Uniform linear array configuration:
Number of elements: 12
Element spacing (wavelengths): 0.25
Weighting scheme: kaiser
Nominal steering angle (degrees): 0
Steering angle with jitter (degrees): -1.181
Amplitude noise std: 0.05
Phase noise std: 0.05

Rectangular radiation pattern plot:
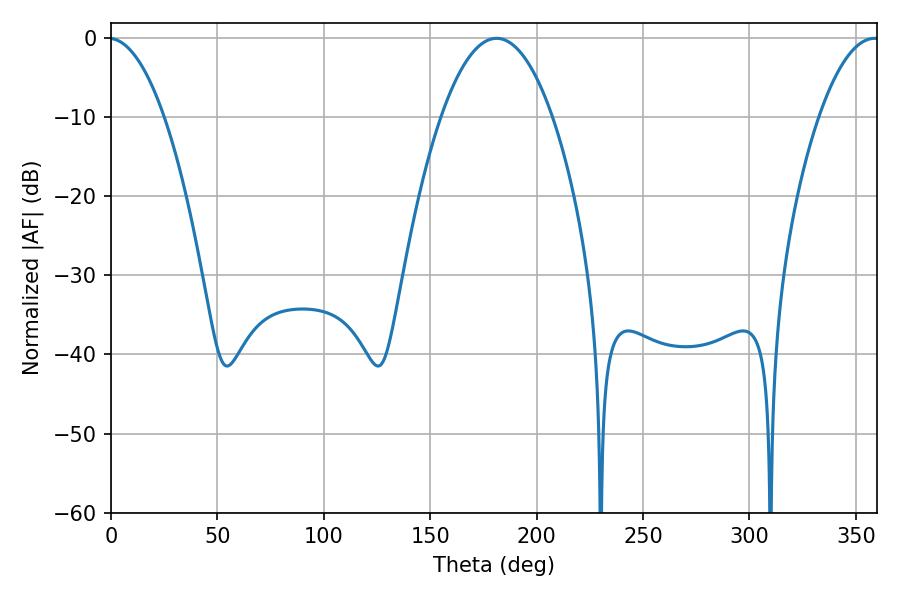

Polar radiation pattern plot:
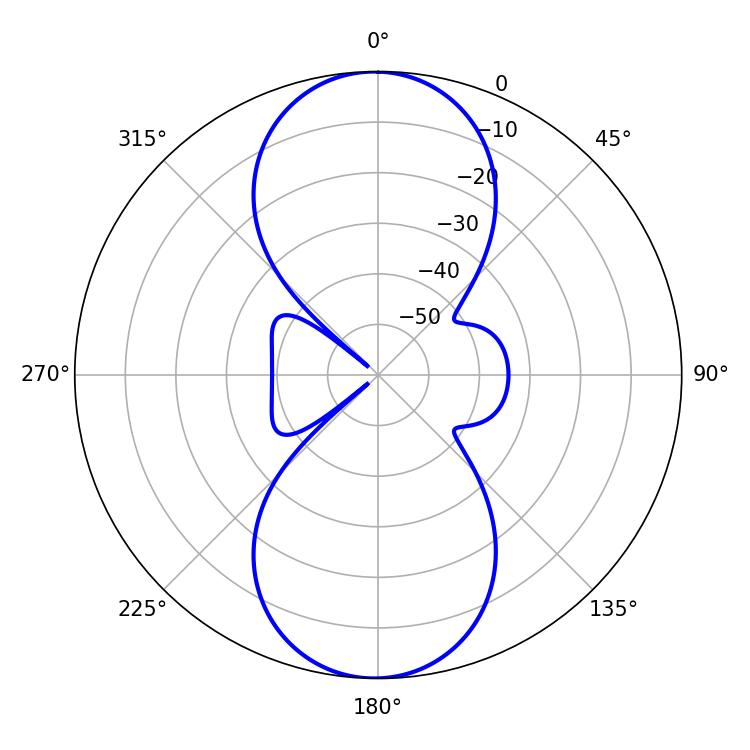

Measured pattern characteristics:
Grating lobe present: FALSE
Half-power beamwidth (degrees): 15.66
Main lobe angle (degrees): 358.74